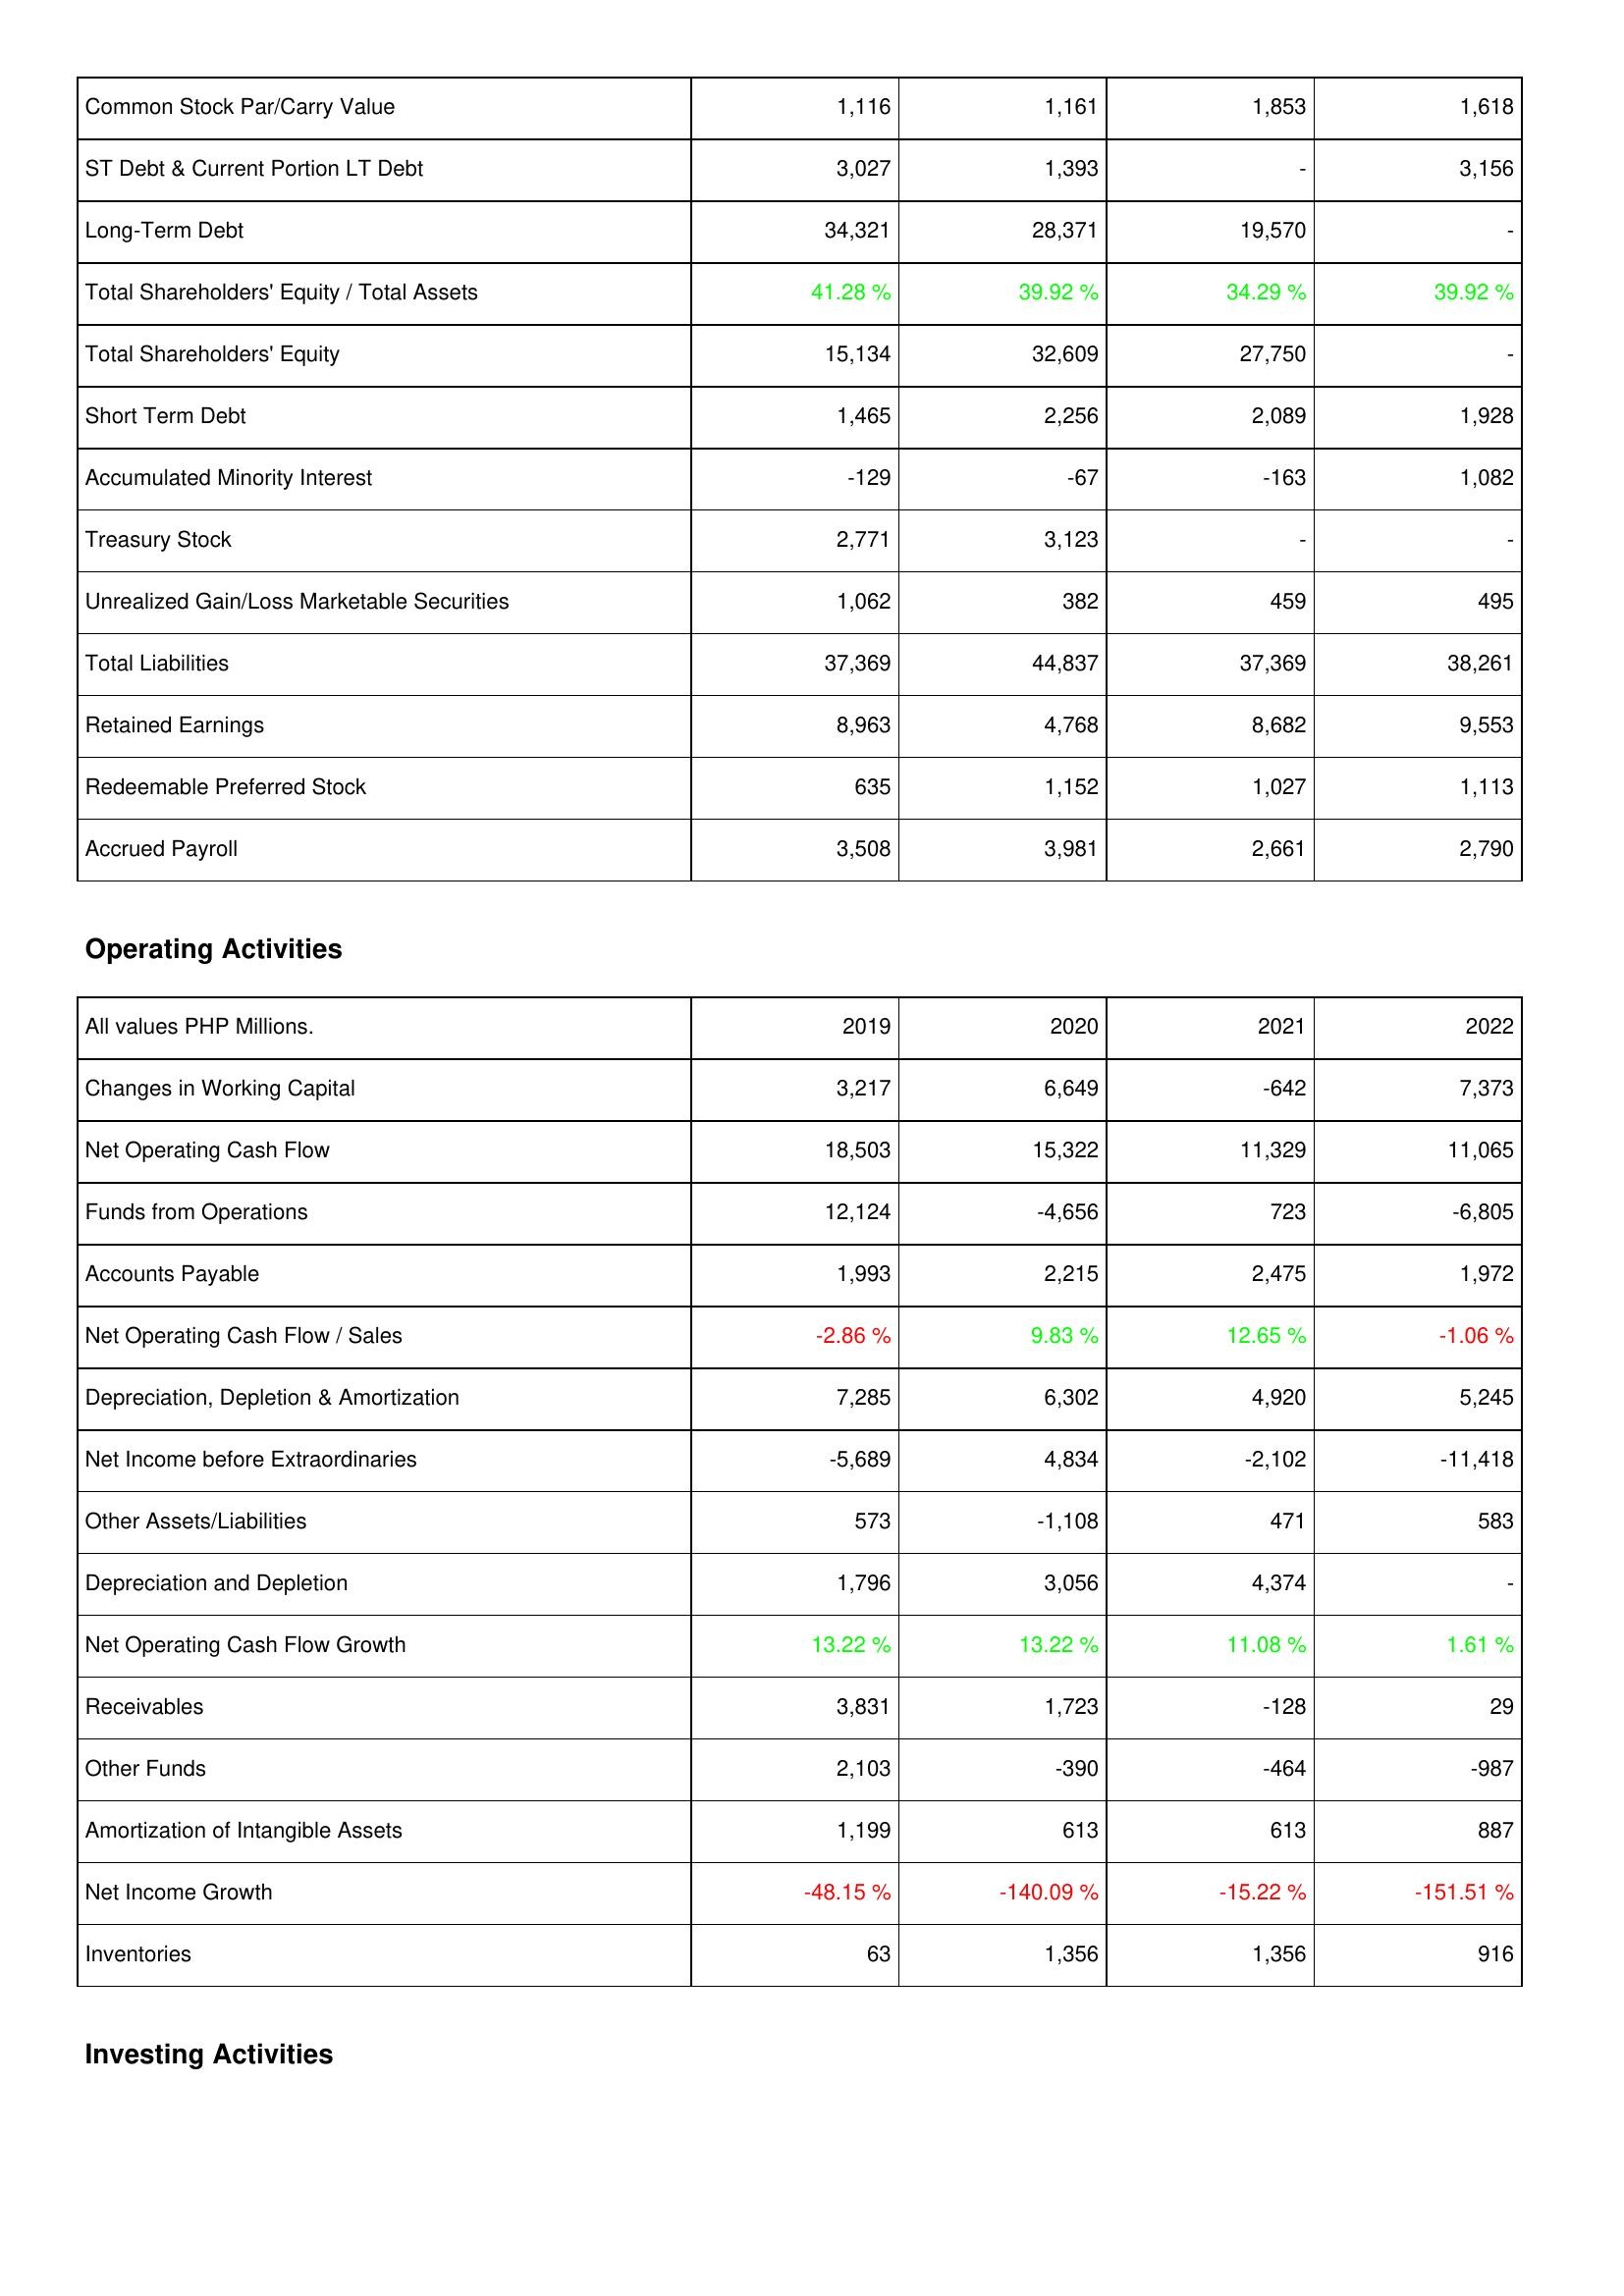
2019: Liabilities & Shareholders' Equity: Common Stock Par/Carry Value: 1,116
ST Debt & Current Portion LT Debt: 3,027
Long-Term Debt: 34,321
Total Shareholders' Equity / Total Assets: 41.28 %
Total Shareholders' Equity: 15,134
Short Term Debt: 1,465
Accumulated Minority Interest: -129
Treasury Stock: 2,771
Unrealized Gain/Loss Marketable Securities: 1,062
Total Liabilities: 37,369
Retained Earnings: 8,963
Redeemable Preferred Stock: 635
Accrued Payroll: 3,508
Operating Activities: Changes in Working Capital: 3,217
Net Operating Cash Flow: 18,503
Funds from Operations: 12,124
Accounts Payable: 1,993
Net Operating Cash Flow / Sales: -2.86 %
Depreciation, Depletion & Amortization: 7,285
Net Income before Extraordinaries: -5,689
Other Assets/Liabilities: 573
Depreciation and Depletion: 1,796
Net Operating Cash Flow Growth: 13.22 %
Receivables: 3,831
Other Funds: 2,103
Amortization of Intangible Assets: 1,199
Net Income Growth: -48.15 %
Inventories: 63
2020: Liabilities & Shareholders' Equity: Common Stock Par/Carry Value: 1,161
ST Debt & Current Portion LT Debt: 1,393
Long-Term Debt: 28,371
Total Shareholders' Equity / Total Assets: 39.92 %
Total Shareholders' Equity: 32,609
Short Term Debt: 2,256
Accumulated Minority Interest: -67
Treasury Stock: 3,123
Unrealized Gain/Loss Marketable Securities: 382
Total Liabilities: 44,837
Retained Earnings: 4,768
Redeemable Preferred Stock: 1,152
Accrued Payroll: 3,981
Operating Activities: Changes in Working Capital: 6,649
Net Operating Cash Flow: 15,322
Funds from Operations: -4,656
Accounts Payable: 2,215
Net Operating Cash Flow / Sales: 9.83 %
Depreciation, Depletion & Amortization: 6,302
Net Income before Extraordinaries: 4,834
Other Assets/Liabilities: -1,108
Depreciation and Depletion: 3,056
Net Operating Cash Flow Growth: 13.22 %
Receivables: 1,723
Other Funds: -390
Amortization of Intangible Assets: 613
Net Income Growth: -140.09 %
Inventories: 1,356
2021: Liabilities & Shareholders' Equity: Common Stock Par/Carry Value: 1,853
ST Debt & Current Portion LT Debt: -
Long-Term Debt: 19,570
Total Shareholders' Equity / Total Assets: 34.29 %
Total Shareholders' Equity: 27,750
Short Term Debt: 2,089
Accumulated Minority Interest: -163
Treasury Stock: -
Unrealized Gain/Loss Marketable Securities: 459
Total Liabilities: 37,369
Retained Earnings: 8,682
Redeemable Preferred Stock: 1,027
Accrued Payroll: 2,661
Operating Activities: Changes in Working Capital: -642
Net Operating Cash Flow: 11,329
Funds from Operations: 723
Accounts Payable: 2,475
Net Operating Cash Flow / Sales: 12.65 %
Depreciation, Depletion & Amortization: 4,920
Net Income before Extraordinaries: -2,102
Other Assets/Liabilities: 471
Depreciation and Depletion: 4,374
Net Operating Cash Flow Growth: 11.08 %
Receivables: -128
Other Funds: -464
Amortization of Intangible Assets: 613
Net Income Growth: -15.22 %
Inventories: 1,356
2022: Liabilities & Shareholders' Equity: Common Stock Par/Carry Value: 1,618
ST Debt & Current Portion LT Debt: 3,156
Long-Term Debt: -
Total Shareholders' Equity / Total Assets: 39.92 %
Total Shareholders' Equity: -
Short Term Debt: 1,928
Accumulated Minority Interest: 1,082
Treasury Stock: -
Unrealized Gain/Loss Marketable Securities: 495
Total Liabilities: 38,261
Retained Earnings: 9,553
Redeemable Preferred Stock: 1,113
Accrued Payroll: 2,790
Operating Activities: Changes in Working Capital: 7,373
Net Operating Cash Flow: 11,065
Funds from Operations: -6,805
Accounts Payable: 1,972
Net Operating Cash Flow / Sales: -1.06 %
Depreciation, Depletion & Amortization: 5,245
Net Income before Extraordinaries: -11,418
Other Assets/Liabilities: 583
Depreciation and Depletion: -
Net Operating Cash Flow Growth: 1.61 %
Receivables: 29
Other Funds: -987
Amortization of Intangible Assets: 887
Net Income Growth: -151.51 %
Inventories: 916